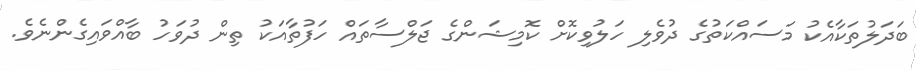
ބަދަލުތަކާއެކު މަސައްކަތުގެ ދުވެލި ހަލުވިކޮށް ކޮމިޝަންގެ ޖަލްސާތައް ހަފުތާއަކު ތިން ދުވަހު ބާއްވައިގެންނެވެ.